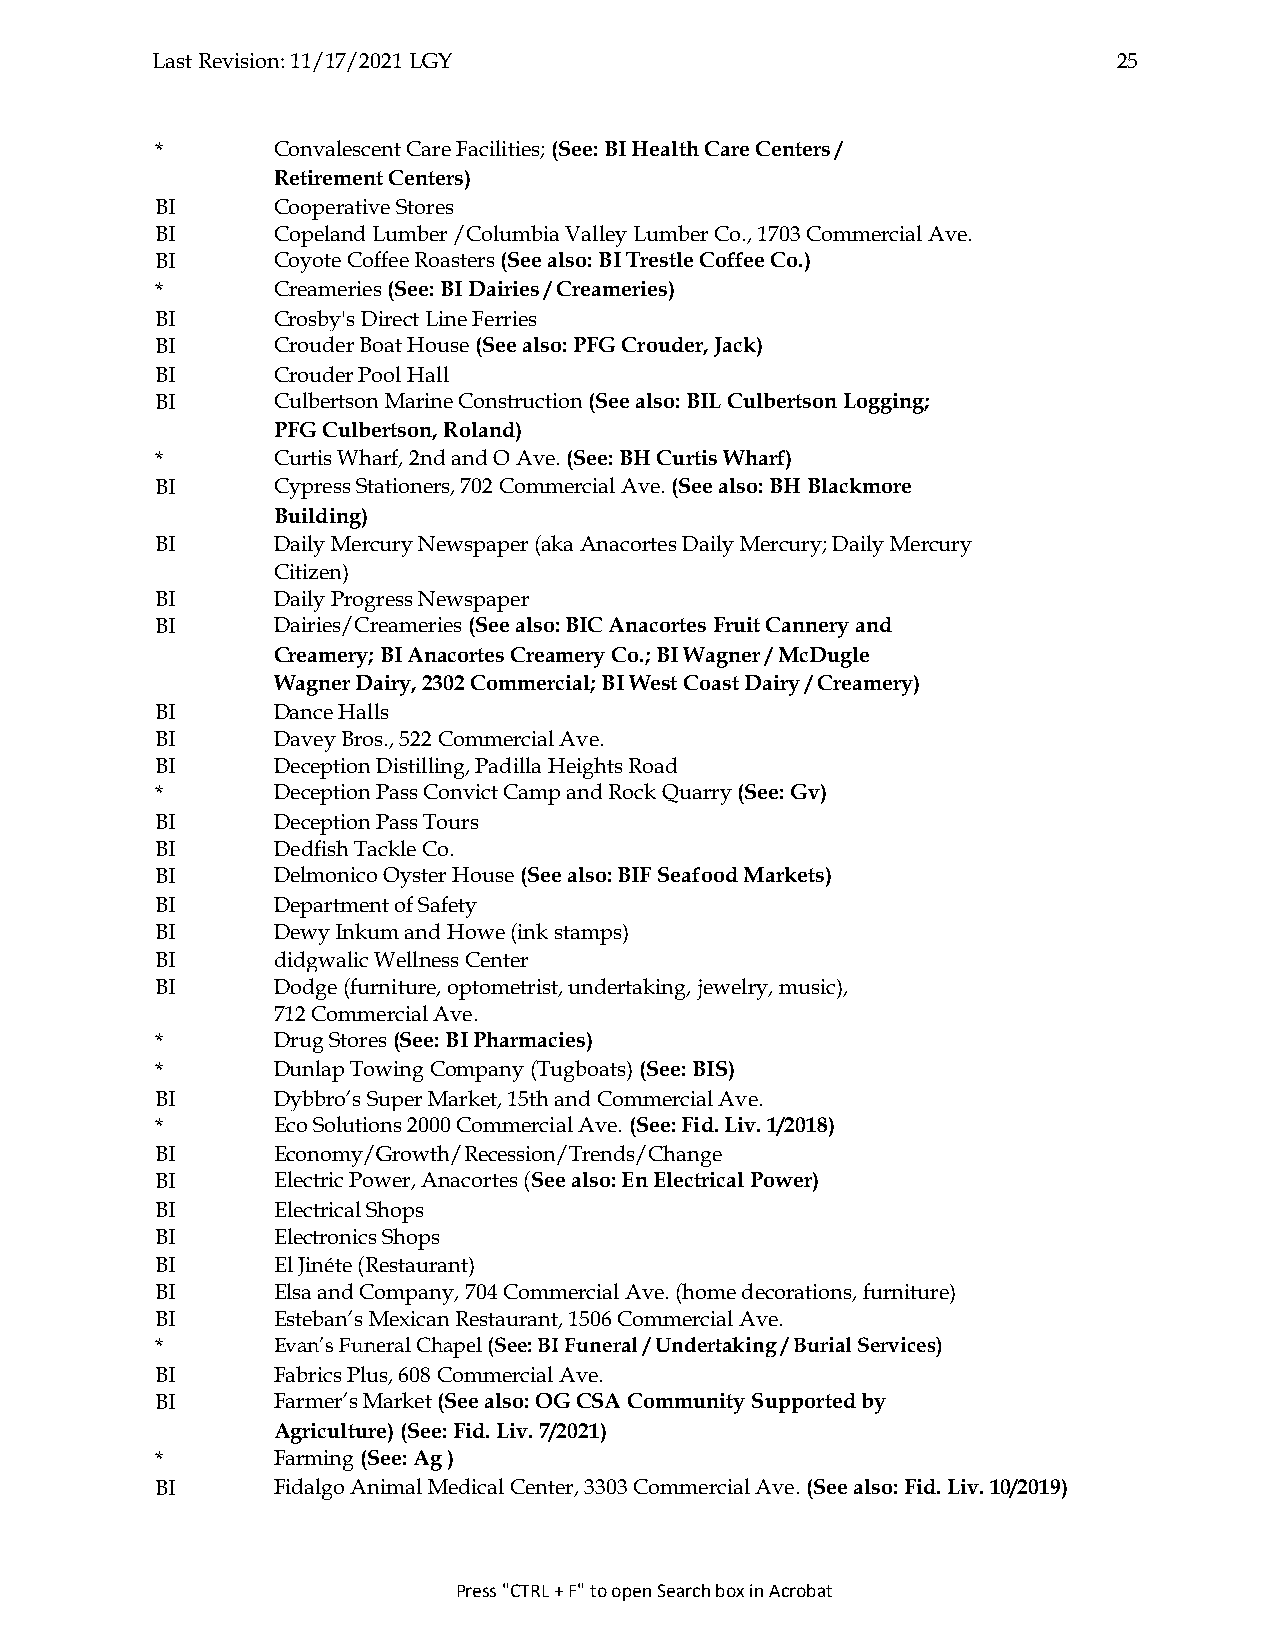
Last Revision: 11/17/2021 LGY                                   25
 *       Convalescent Care Facilities; (See: BI Health Care Centers /
 Retirement Centers)
 BI      Cooperative Stores
 BI      Copeland Lumber /Columbia Valley Lumber Co., 1703 Commercial Ave.
 BI      Coyote Coffee Roasters (See also: BI Trestle Coffee Co.)
 *       Creameries (See: BI Dairies / Creameries)
 BI      Crosby's Direct Line Ferries
 BI      Crouder Boat House (See also: PFG Crouder, Jack)
 BI      Crouder Pool Hall
 BI      Culbertson Marine Construction (See also: BIL Culbertson Logging;
 PFG Culbertson, Roland)
 *       Curtis Wharf, 2nd and O Ave. (See: BH Curtis Wharf)
 BI      Cypress Stationers, 702 Commercial Ave. (See also: BH Blackmore
 Building)
 BI      Daily Mercury Newspaper (aka Anacortes Daily Mercury; Daily Mercury
 Citizen)
 BI      Daily Progress Newspaper
 BI      Dairies/Creameries (See also: BIC Anacortes Fruit Cannery and
 Creamery; BI Anacortes Creamery Co.; BI Wagner / McDugle
 Wagner Dairy, 2302 Commercial; BI West Coast Dairy / Creamery)
 BI      Dance Halls
 BI      Davey Bros., 522 Commercial Ave.
 BI      Deception Distilling, Padilla Heights Road
 *       Deception Pass Convict Camp and Rock Quarry (See: Gv)
 BI      Deception Pass Tours
 BI      Dedfish Tackle Co.
 BI      Delmonico Oyster House (See also: BIF Seafood Markets)
 BI      Department of Safety
 BI      Dewy Inkum and Howe (ink stamps)
 BI      didgwalic Wellness Center
 BI      Dodge (furniture, optometrist, undertaking, jewelry, music),
 712 Commercial Ave.
 *       Drug Stores (See: BI Pharmacies)
 *       Dunlap Towing Company (Tugboats) (See: BIS)
 BI      Dybbro’s Super Market, 15th and Commercial Ave.
 *       Eco Solutions 2000 Commercial Ave. (See: Fid. Liv. 1/2018)
 BI      Economy/Growth/Recession/Trends/Change
 BI      Electric Power, Anacortes (See also: En Electrical Power)
 BI      Electrical Shops
 BI      Electronics Shops
 BI      El Jinéte (Restaurant)
 BI      Elsa and Company, 704 Commercial Ave. (home decorations, furniture)
 BI      Esteban’s Mexican Restaurant, 1506 Commercial Ave.
 *       Evan’s Funeral Chapel (See: BI Funeral / Undertaking / Burial Services)
 BI      Fabrics Plus, 608 Commercial Ave.
 BI      Farmer’s Market (See also: OG CSA Community Supported by
 Agriculture) (See: Fid. Liv. 7/2021)
 *       Farming (See: Ag )
 BI      Fidalgo Animal Medical Center, 3303 Commercial Ave. (See also: Fid. Liv. 10/2019)
 Press "CTRL + F" to open Search box in Acrobat